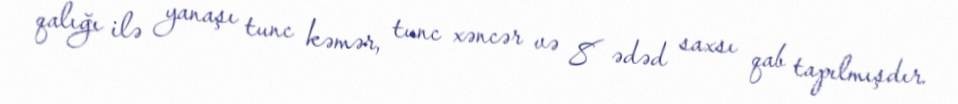
qalığı ilə yanaşı tunc kəmər, tunc xəncər və 8 ədəd saxsı qab tapılmışdır.